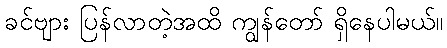
ခင်ဗျား ပြန်လာတဲ့အထိ ကျွန်တော် ရှိနေပါမယ်။